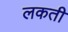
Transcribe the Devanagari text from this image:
लकती